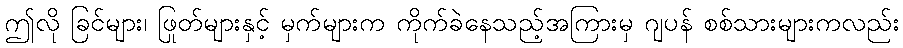
ဤလို ခြင်များ၊ ဖြုတ်များနှင့် မှက်များက ကိုက်ခဲနေသည့်အကြားမှ ဂျပန် စစ်သားများကလည်း